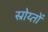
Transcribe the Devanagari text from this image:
स्रोय्तों